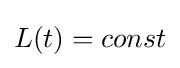
L(t)=const